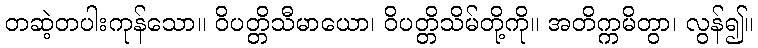
တဆဲ့တပါးကုန်သော။ ဝိပတ္တိသီမာယော၊ ဝိပတ္တိသိမ်တို့ကို။ အတိက္ကမိတွာ၊ လွန်၍။